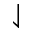
\downharpoonleft